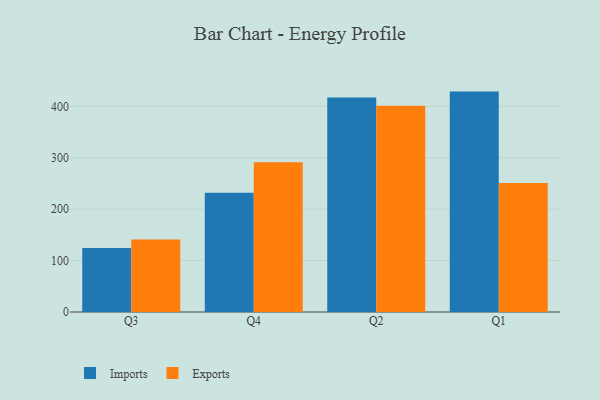
{"axis": {"x": "Quarter", "y": "Churn Rate (%)"}, "legend": ["Exports", "Imports"], "data": [{"x": "Q3", "y": 124.5, "type": "Imports"}, {"x": "Q3", "y": 140.9, "type": "Exports"}, {"x": "Q4", "y": 232.2, "type": "Imports"}, {"x": "Q4", "y": 291.5, "type": "Exports"}, {"x": "Q2", "y": 417.2, "type": "Imports"}, {"x": "Q2", "y": 401.4, "type": "Exports"}, {"x": "Q1", "y": 428.9, "type": "Imports"}, {"x": "Q1", "y": 251.0, "type": "Exports"}]}